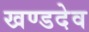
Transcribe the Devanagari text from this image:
खण्डदेव